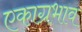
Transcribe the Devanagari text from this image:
एकाग्रभाव